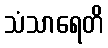
သံသာရေတိ